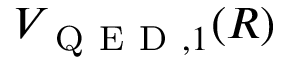
V _ { \mathrm { ~ Q ~ E ~ D ~ } , 1 } ( R )